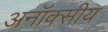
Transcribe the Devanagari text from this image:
अनॉक्सीय